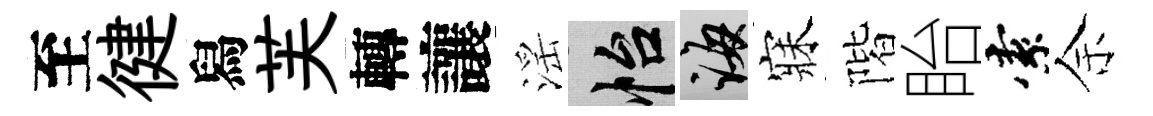
至徤舄芙轉讓滛怡誨寐階眙索余